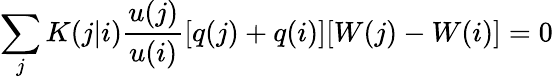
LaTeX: \sum_{j}K(j|i)\frac{u(j)}{u(i)}[q(j)+q(i)][W(j)-W(i)]=0